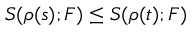
S ( \rho ( s ) ; F ) \le S ( \rho ( t ) ; F )